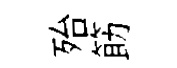
殆筯